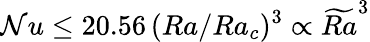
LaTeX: \mathcal{N}u\leq20.56\, (Ra/Ra_{c})^{3}\propto\widetilde{{Ra}}^{3}